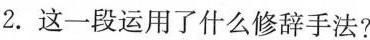
2.这一段运用了什么修辞手法?